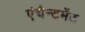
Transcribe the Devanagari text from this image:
एंचैन्टमेंट